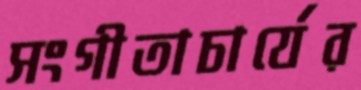
সংগীতাচার্যের